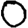
Digit: 0